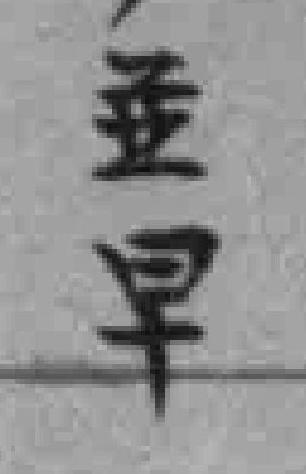
並旱